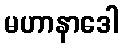
မဟာနာဒေါ